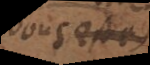
vous estes